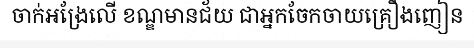
ចាក់អង្រែលើ ខណ្ឌមានជ័យ ជាអ្នកចែកចាយគ្រឿងញៀន